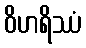
ဝိဟရိဿံ